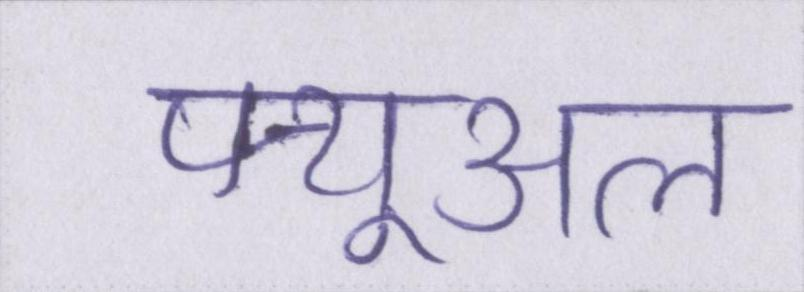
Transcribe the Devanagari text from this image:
फ्यूअल